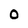
Character: O